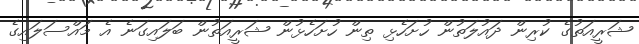
ޝަރީއަތުގެ ކުރިން ދައުލަތުން ހުށަހެޅި ތިން ހުށަހެޅުން ޝަރީއަތުން ބަލައިގަނެ އެ މައްސަލައިގެ